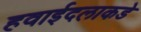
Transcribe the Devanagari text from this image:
हवाईदलाकडे